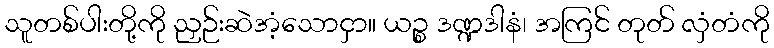
သူတစ်ပါးတို့ကို ညှဉ်းဆဲအံ့သောငှာ။ ယဉ္စ ဒဏ္ဍဒါနံ၊ အကြင် တုတ် လှံတံကို